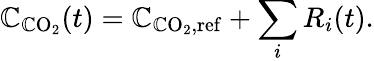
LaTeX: \mathbb{C}_{\mathrm{{\mathbb{C}O}}_{2}}(t)=\mathbb{C}_{\mathrm{{\mathbb{C}O}}_{2},\mathrm{{ref}}}+\sum_{i}R_{i}(t).